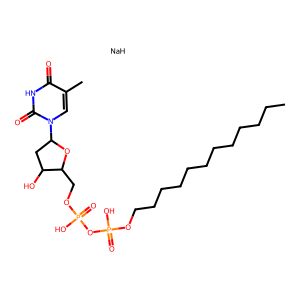
SMILES: CCCCCCCCCCCCOP(=O)(O)OP(=O)(O)OCC1OC(n2cc(C)c(=O)[nH]c2=O)CC1O.[NaH]
Inhibits HIV replication: No